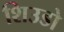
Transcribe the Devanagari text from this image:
शिउडो